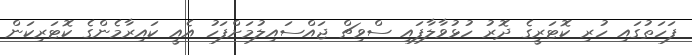
ފަހަތުގައި ހުރި ކޮޓަރީގެ ދޮރު ހުޅުވާލާފައި ސްވިޗް ޖައްސައިލުމަށްފަހު އެއީ ކައިރާމެންގެ ކޮޓަރިކަން